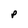
Character: p